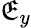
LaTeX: \mathfrak{E}_{y}